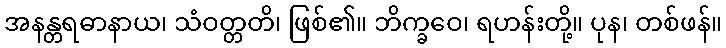
အနန္တရဓာနာယ၊ သံဝတ္တတိ၊ ဖြစ်၏။ ဘိက္ခဝေ၊ ရဟန်းတို့။ ပုန၊ တစ်ဖန်။